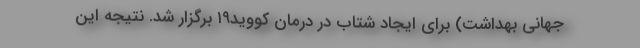
جهانی بهداشت) برای ایجاد شتاب در درمان کووید۱۹ برگزار شد. نتیجه این